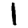
Digit: 1